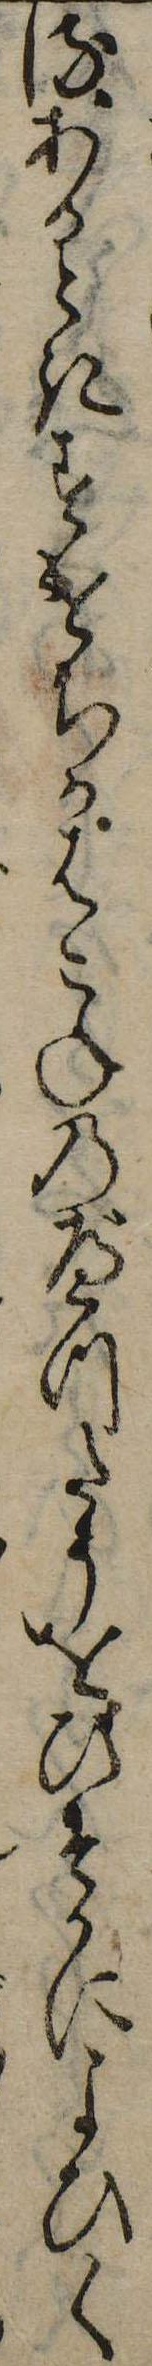
るあるときすけちかはこねのべつたうをひそかによひく